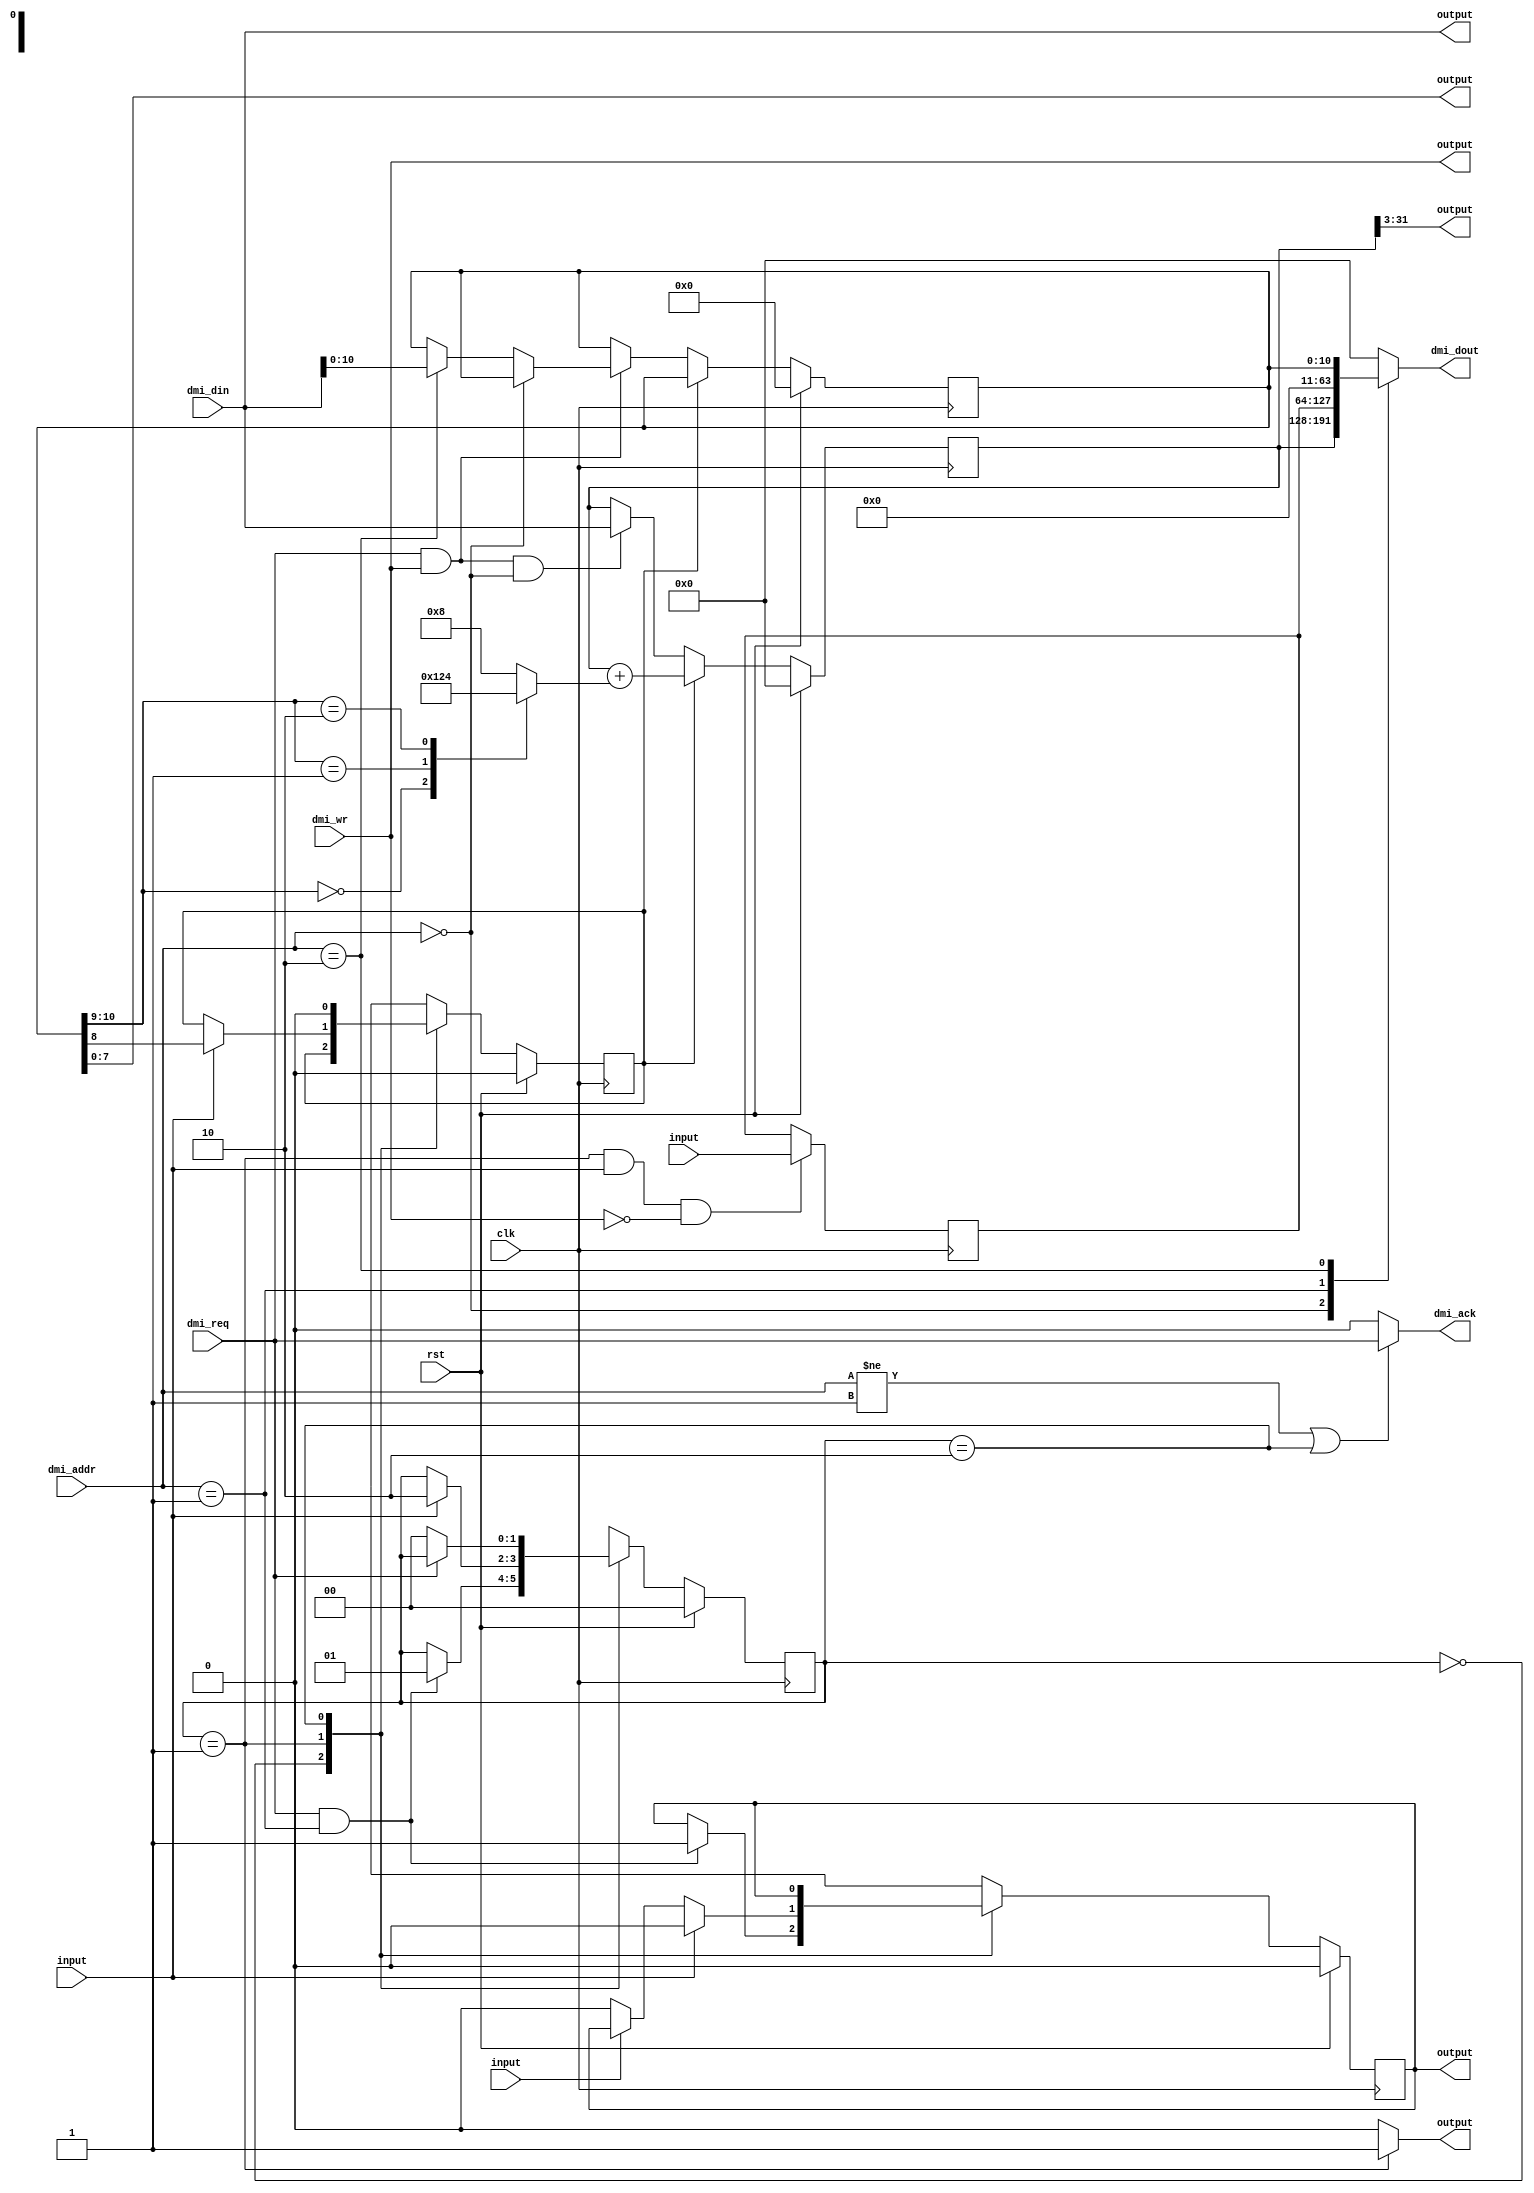
module wishbone_debug_master(clk, rst, dmi_addr, dmi_din, dmi_req, dmi_wr, \wb_in.dat , \wb_in.ack , \wb_in.stall , dmi_dout, dmi_ack, \wb_out.adr , \wb_out.dat , \wb_out.sel , \wb_out.cyc , \wb_out.stb , \wb_out.we );
  wire _00_;
  wire _01_;
  wire _02_;
  wire [63:0] _03_;
  wire _04_;
  wire _05_;
  wire _06_;
  wire _07_;
  wire [3:0] _08_;
  wire [63:0] _09_;
  wire _10_;
  wire _11_;
  wire _12_;
  wire [10:0] _13_;
  wire [63:0] _14_;
  wire [10:0] _15_;
  wire _16_;
  wire [10:0] _17_;
  wire [63:0] _18_;
  wire [10:0] _19_;
  wire [63:0] _20_;
  wire [10:0] _21_;
  reg [63:0] _22_;
  reg [10:0] _23_;
  wire _24_;
  wire _25_;
  wire _26_;
  wire _27_;
  wire _28_;
  wire _29_;
  wire _30_;
  wire _31_;
  wire _32_;
  wire _33_;
  wire [63:0] _34_;
  reg [63:0] _35_;
  wire _36_;
  wire _37_;
  wire _38_;
  wire [1:0] _39_;
  wire _40_;
  wire _41_;
  wire _42_;
  wire _43_;
  wire [1:0] _44_;
  wire _45_;
  wire _46_;
  wire _47_;
  wire [1:0] _48_;
  wire _49_;
  wire _50_;
  wire [1:0] _51_;
  wire _52_;
  wire _53_;
  wire [1:0] _54_;
  wire _55_;
  reg _56_;
  reg [1:0] _57_;
  reg _58_;
  input clk;
  wire clk;
  wire [63:0] data_latch;
  output dmi_ack;
  wire dmi_ack;
  input [1:0] dmi_addr;
  wire [1:0] dmi_addr;
  input [63:0] dmi_din;
  wire [63:0] dmi_din;
  output [63:0] dmi_dout;
  wire [63:0] dmi_dout;
  input dmi_req;
  wire dmi_req;
  input dmi_wr;
  wire dmi_wr;
  wire do_inc;
  wire [63:0] reg_addr;
  wire [10:0] reg_ctrl;
  wire [63:0] reg_ctrl_out;
  input rst;
  wire rst;
  wire [1:0] state;
  input \wb_in.ack ;
  wire \wb_in.ack ;
  input [63:0] \wb_in.dat ;
  wire [63:0] \wb_in.dat ;
  input \wb_in.stall ;
  wire \wb_in.stall ;
  output [28:0] \wb_out.adr ;
  wire [28:0] \wb_out.adr ;
  output \wb_out.cyc ;
  wire \wb_out.cyc ;
  output [63:0] \wb_out.dat ;
  wire [63:0] \wb_out.dat ;
  output [7:0] \wb_out.sel ;
  wire [7:0] \wb_out.sel ;
  output \wb_out.stb ;
  wire \wb_out.stb ;
  output \wb_out.we ;
  wire \wb_out.we ;
  assign _00_ = dmi_addr == 2'h0;
  assign _01_ = dmi_addr == 2'h1;
  assign _02_ = dmi_addr == 2'h2;
  function [63:0] \5977 ;
    input [63:0] a;
    input [191:0] b;
    input [2:0] s;
    (* parallel_case *)
    casez (s)
      3'b??1:
        \5977  = b[63:0];
      3'b?1?:
        \5977  = b[127:64];
      3'b1??:
        \5977  = b[191:128];
      default:
        \5977  = a;
    endcase
  endfunction
  assign _03_ = \5977 (64'h0000000000000000, { reg_ctrl_out, data_latch, reg_addr }, { _02_, _01_, _00_ });
  assign _04_ = reg_ctrl[10:9] == 2'h0;
  assign _05_ = reg_ctrl[10:9] == 2'h1;
  assign _06_ = reg_ctrl[10:9] == 2'h2;
  assign _07_ = reg_ctrl[10:9] == 2'h3;
  function [3:0] \6000 ;
    input [3:0] a;
    input [15:0] b;
    input [3:0] s;
    (* parallel_case *)
    casez (s)
      4'b???1:
        \6000  = b[3:0];
      4'b??1?:
        \6000  = b[7:4];
      4'b?1??:
        \6000  = b[11:8];
      4'b1???:
        \6000  = b[15:12];
      default:
        \6000  = a;
    endcase
  endfunction
  assign _08_ = \6000 (4'h8, 16'h8421, { _07_, _06_, _05_, _04_ });
  assign _09_ = reg_addr + { 60'h000000000000000, _08_ };
  assign _10_ = dmi_req & dmi_wr;
  assign _11_ = dmi_addr == 2'h0;
  assign _12_ = dmi_addr == 2'h2;
  assign _13_ = _12_ ? dmi_din[10:0] : reg_ctrl;
  assign _14_ = _16_ ? dmi_din : reg_addr;
  assign _15_ = _11_ ? reg_ctrl : _13_;
  assign _16_ = _10_ & _11_;
  assign _17_ = _10_ ? _15_ : reg_ctrl;
  assign _18_ = do_inc ? _09_ : _14_;
  assign _19_ = do_inc ? reg_ctrl : _17_;
  assign _20_ = rst ? 64'h0000000000000000 : _18_;
  assign _21_ = rst ? 11'h000 : _19_;
  always @(posedge clk)
    _22_ <= _20_;
  always @(posedge clk)
    _23_ <= _21_;
  assign _24_ = dmi_addr != 2'h1;
  assign _25_ = state == 2'h2;
  assign _26_ = _24_ | _25_;
  assign _27_ = _26_ ? dmi_req : 1'h0;
  assign _28_ = state == 2'h1;
  assign _29_ = _28_ ? 1'h1 : 1'h0;
  assign _30_ = state == 2'h1;
  assign _31_ = _30_ & \wb_in.ack ;
  assign _32_ = ~ dmi_wr;
  assign _33_ = _31_ & _32_;
  assign _34_ = _33_ ? \wb_in.dat  : data_latch;
  always @(posedge clk)
    _35_ <= _34_;
  assign _36_ = dmi_addr == 2'h1;
  assign _37_ = dmi_req & _36_;
  assign _38_ = _37_ ? 1'h1 : _56_;
  assign _39_ = _37_ ? 2'h1 : state;
  assign _40_ = state == 2'h0;
  assign _41_ = ~ \wb_in.stall ;
  assign _42_ = _41_ ? 1'h0 : _56_;
  assign _43_ = \wb_in.ack  ? 1'h0 : _42_;
  assign _44_ = \wb_in.ack  ? 2'h2 : state;
  assign _45_ = \wb_in.ack  ? reg_ctrl[8] : do_inc;
  assign _46_ = state == 2'h1;
  assign _47_ = ~ dmi_req;
  assign _48_ = _47_ ? 2'h0 : state;
  assign _49_ = state == 2'h2;
  function [0:0] \6089 ;
    input [0:0] a;
    input [2:0] b;
    input [2:0] s;
    (* parallel_case *)
    casez (s)
      3'b??1:
        \6089  = b[0:0];
      3'b?1?:
        \6089  = b[1:1];
      3'b1??:
        \6089  = b[2:2];
      default:
        \6089  = a;
    endcase
  endfunction
  assign _50_ = \6089 (1'hx, { _56_, _43_, _38_ }, { _49_, _46_, _40_ });
  function [1:0] \6091 ;
    input [1:0] a;
    input [5:0] b;
    input [2:0] s;
    (* parallel_case *)
    casez (s)
      3'b??1:
        \6091  = b[1:0];
      3'b?1?:
        \6091  = b[3:2];
      3'b1??:
        \6091  = b[5:4];
      default:
        \6091  = a;
    endcase
  endfunction
  assign _51_ = \6091 (2'hx, { _48_, _44_, _39_ }, { _49_, _46_, _40_ });
  function [0:0] \6094 ;
    input [0:0] a;
    input [2:0] b;
    input [2:0] s;
    (* parallel_case *)
    casez (s)
      3'b??1:
        \6094  = b[0:0];
      3'b?1?:
        \6094  = b[1:1];
      3'b1??:
        \6094  = b[2:2];
      default:
        \6094  = a;
    endcase
  endfunction
  assign _52_ = \6094 (1'hx, { 1'h0, _45_, do_inc }, { _49_, _46_, _40_ });
  assign _53_ = rst ? 1'h0 : _50_;
  assign _54_ = rst ? 2'h0 : _51_;
  assign _55_ = rst ? 1'h0 : _52_;
  always @(posedge clk)
    _56_ <= _53_;
  always @(posedge clk)
    _57_ <= _54_;
  always @(posedge clk)
    _58_ <= _55_;
  assign reg_addr = _22_;
  assign reg_ctrl_out = { 53'h00000000000000, reg_ctrl };
  assign reg_ctrl = _23_;
  assign data_latch = _35_;
  assign state = _57_;
  assign do_inc = _58_;
  assign dmi_dout = _03_;
  assign dmi_ack = _27_;
  assign \wb_out.adr  = reg_addr[31:3];
  assign \wb_out.dat  = dmi_din;
  assign \wb_out.sel  = reg_ctrl[7:0];
  assign \wb_out.cyc  = _29_;
  assign \wb_out.stb  = _56_;
  assign \wb_out.we  = dmi_wr;
endmodule